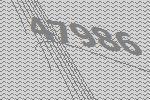
47986